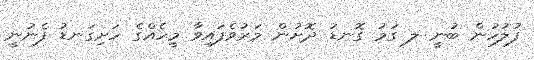
ފުލުހުން ބުނީ ލ ގަމު ގޮނޑު ދޮށުން މަރުވެފައިވާ މީހެއްގެ ހަށިގަނޑު ފެނުނީ